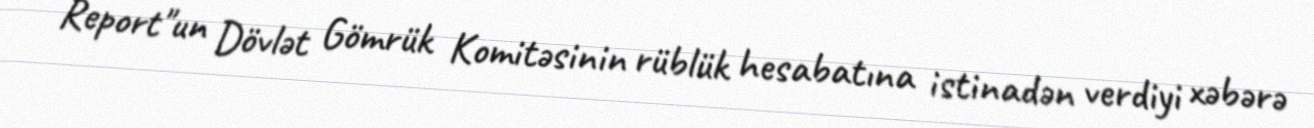
Report"un Dövlət Gömrük Komitəsinin rüblük hesabatına istinadən verdiyi xəbərə